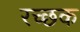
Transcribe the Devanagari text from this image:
रच्‍छक